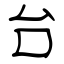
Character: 台